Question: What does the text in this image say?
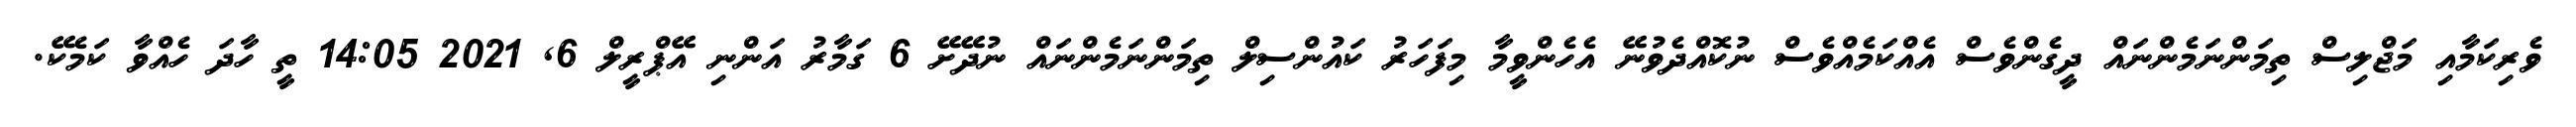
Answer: ވެރިކަމާއި މަޖްލިސް ތިމަންނަމެންނައް ދީގެންވެސް އެއްކަމެއްވެސް ނުކޮއްދެވުނޭ އެހެންވީމާ މިފަހަރު ކައުންސިލް ތިމަންނަމެންނައް ނުދޭށޭ 6 ގަމާރު އަންނި އޭޕްރީލް 6, 2021 14:05 ތީ ހާދަ ހެއްވާ ކަމެކޭ.